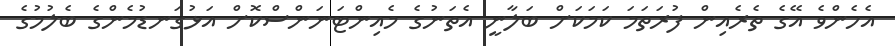
އެހެންވެ އޭގެ ތެރެއިން ފުރަތަމަ ކަމަކަށް ބަލާނީ އެތަނުގެ މެއިންޓަނަންސްކޮށް އަޅުގަނޑުމެންގެ ބެލުމުގެ